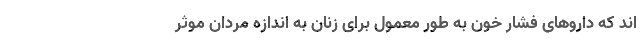
اند که داروهای فشار خون به طور معمول برای زنان به اندازه مردان موثر